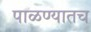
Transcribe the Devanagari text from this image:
पाळण्यातच